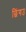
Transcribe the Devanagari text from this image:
छिंगउ